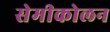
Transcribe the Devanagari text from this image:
सेमीकोलन